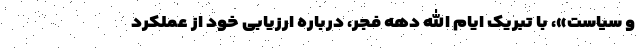
و سیاست»، با تبریک ایام الله دهه فجر، درباره ارزیابی خود از عملکرد